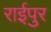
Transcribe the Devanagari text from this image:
राईपुर